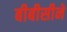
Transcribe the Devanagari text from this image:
बीबीसीने